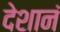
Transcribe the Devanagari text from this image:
देशानं